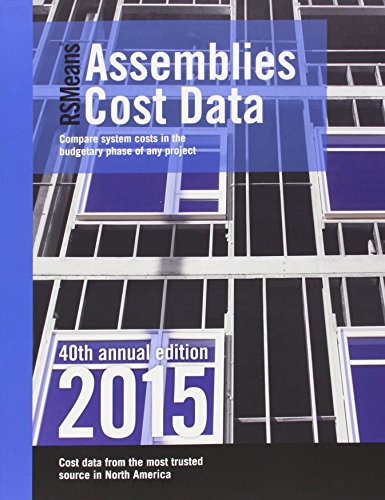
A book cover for Rsmeans Assemblies Cost Data: Assemblies Cost Data; Arts & Photography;